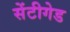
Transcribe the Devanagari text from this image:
सेंटीगेड